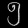
Digit: ၅